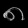
Digit: ၈